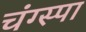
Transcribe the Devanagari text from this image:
चंग्स्पा